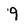
Character: 9